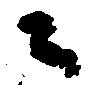
々